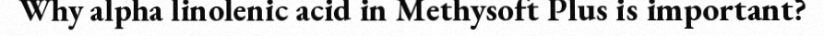
Why alpha linolenic acid in Methysoft Plus is important?